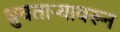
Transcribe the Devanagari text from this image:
ध्रुवताऱ्यावरून